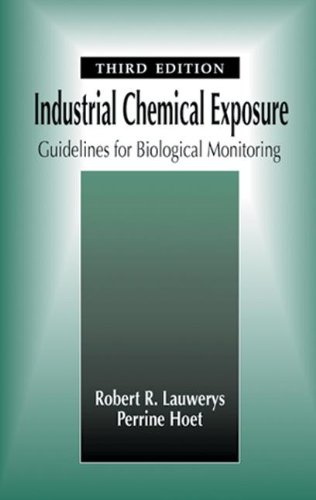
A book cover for Industrial Chemical Exposure: Guidelines for Biological Monitoring, Third Edition; Robert R. Lauwerys; Medical Books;